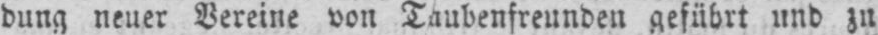
dung neuer Vereine von Taubenfreunden geführt und zu